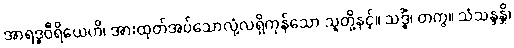
အာရဒ္ဓဝီရိယေဟိ၊ အားထုတ်အပ်သောလုံ့လရှိကုန်သော သူတို့နှင့်။ သဒ္ဓိံ၊ တကွ။ သံသန္ဒန္တိ၊